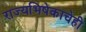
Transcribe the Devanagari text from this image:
राज्यभिषेकाचेही